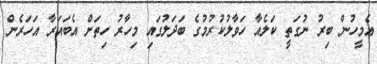
އެމީހުން ބިރު ނުގަތީ ކަލެއާ ހަވާލުކުރުމުގެ ބަދަލުގައި މިހާރު ހިތަށް އެބައަރާ އަހަރެން